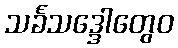
သင်္ခသဒ္ဒေါတွေဝ